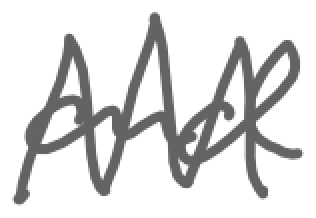
Text: and
Cross-out: zig-zag
Writing tool: digital_gray